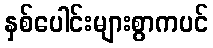
နှစ်ပေါင်းများစွာကပင်